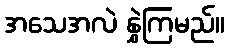
အသေအလဲ နွှဲကြမည်။